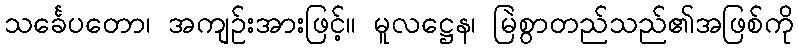
သင်္ခေပတော၊ အကျဉ်းအားဖြင့်။ မူလဋ္ဌေန၊ မြဲစွာတည်သည်၏အဖြစ်ကို